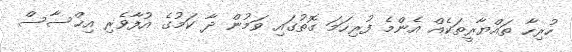
ހުރިހާ ތައްޔާރީތަކެއް އެންމެ ފުރިހަމަ ގޮތުގައި ވަމުން ދާ ކަމުގެ އުފާވެރި އިޚްސާސް